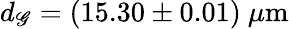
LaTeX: d_{\mathscr{G}}=(15.30\pm0.01)~\mu\mathrm{{m}}